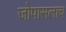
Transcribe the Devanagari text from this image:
जोपासलाच